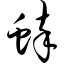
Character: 蟀